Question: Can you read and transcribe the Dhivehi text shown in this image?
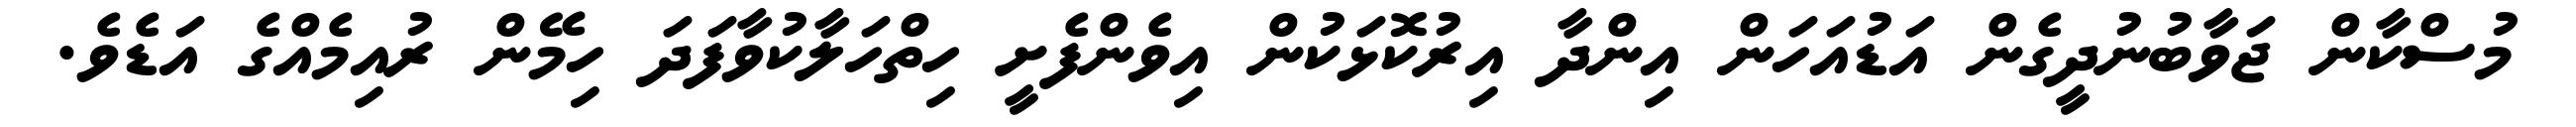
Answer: މުސްކާން ޖަވާބުނުދީގެން އަޑުއަހަން އިންދާ އިރުކޮޅަކުން އިވެންފެށީ ހިތްހަލާކުވާފަދަ ހިމޭން ރުއިމެއްގެ އަޑެވެ.